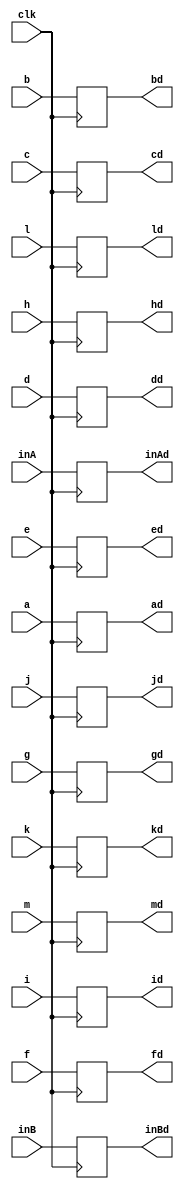
module MulReg(a,b,c,d,e,f,g,h,i,j,k,l,m,inA,inB,
			clk,
			ad,bd,cd,dd,ed,fd,gd,hd,id,jd,kd,ld,md,inAd,inBd);

input clk;
input [25:0] a,b,c,d,e,f,g,h,i,j,k,l,m;
input [31:0] inA,inB;

output reg [25:0] ad,bd,cd,dd,ed,fd,gd,hd,id,jd,kd,ld,md;
output reg [31:0] inAd,inBd;

always @(posedge clk) 
begin
	ad=a;
	bd=b;
	cd=c;
	dd=d;
	ed=e;
	fd=f;
	gd=g;
	hd=h;
	id=i;
	jd=j;
	kd=k;
	ld=l;
	md=m;
	inAd=inA;
	inBd=inB;
end

endmodule